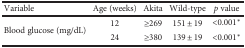
<table><thead><tr><td><b>Variable</b></td><td><b>Age (weeks)</b></td><td><b>Akita</b></td><td><b>Wild-type</b></td><td><b><i>p</i> value</b></td></tr></thead><tbody><tr><td rowspan="2">Blood glucose (mg/dL)</td><td>12</td><td>≥269</td><td>151 ± 19</td><td>&lt;0.001<sup>∗</sup></td></tr><tr><td>24</td><td>≥380</td><td>139 ± 19</td><td>&lt;0.001<sup>∗</sup></td></tr></tbody></table>